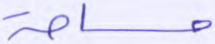
مساحة